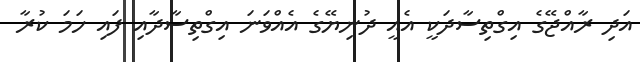
އަދި ރާއްޖޭގެ އިގްތިސާދަކީ އެއީ ދުނިޔޭގެ އެެއްވަނަ އިގްތިސާދާއި ފައި ހަމަ ކުރާ